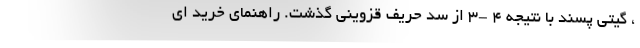
، گیتی پسند با نتیجه ۴ -۳ از سد حریف قزوینی گذشت. راهنمای خرید ای